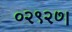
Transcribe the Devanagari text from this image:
०२९२७।